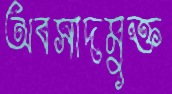
অবসাদমুক্ত